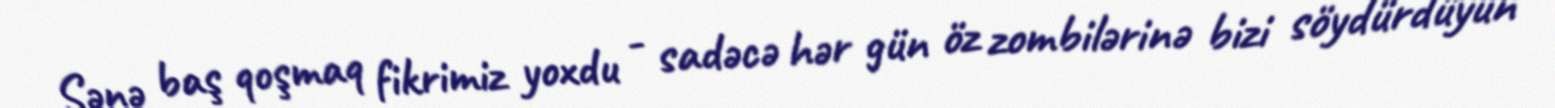
Sənə baş qoşmaq fikrimiz yoxdu - sadəcə hər gün öz zombilərinə bizi söydürdüyün